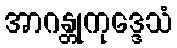
အာဂန္တုကုဒ္ဒေသံ